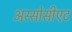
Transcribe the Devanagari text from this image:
अस्सोसीएट